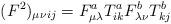
LaTeX: \begin{align*}(F^{2})_{\mu \nu}{}_{ij}=F^{a}_{\mu \lambda}T^{a}_{ik}F^{b}_{\lambda \nu}T^{b}_{kj}\end{align*}